Problem: 6 × 7 = ?
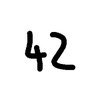
Handwritten answer: 42